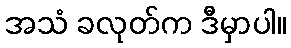
အသံ ခလုတ်က ဒီမှာပါ။